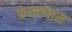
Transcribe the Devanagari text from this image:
फसल्यास